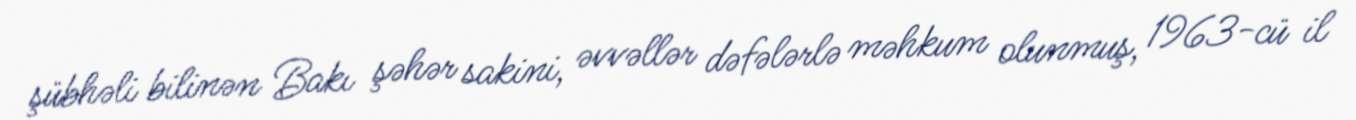
şübhəli bilinən Bakı şəhər sakini, əvvəllər dəfələrlə məhkum olunmuş, 1963-cü il